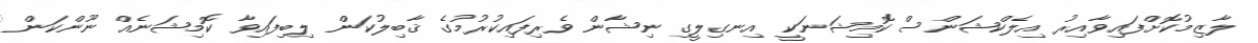
ލާޒިމުކޮށްފައިވާއިރު އިލެކްޝަންސް ކޮމިޝަނަކީ އިނގިލީގި ނިޝާން ވެރިފައިކުރުމުގެ ޤާބިލުކަން ލިބިފައިވާ ކޮމިޝަނެއް ނޫންކަން